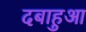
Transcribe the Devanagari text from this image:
दबाहुआ